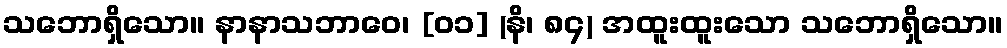
သဘောရှိသော။ နာနာသဘာဝေ၊ [၀၁] (နိ၊ ၈၄) အထူးထူးသော သဘောရှိသော။